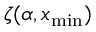
\zeta ( \alpha , x _ { \mathrm { m i n } } )